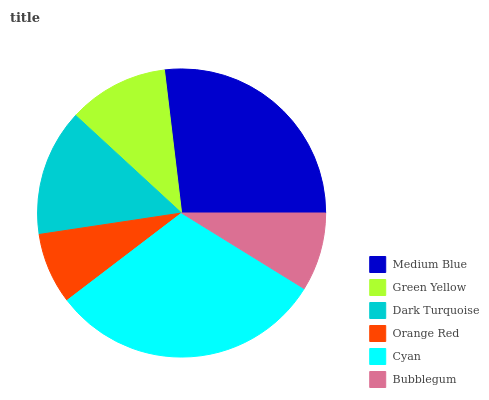
| Medium Blue | Green Yellow | Dark Turquoise | Orange Red | Cyan | Bubblegum |
 | --- | --- | --- | --- | --- | --- |
 | 26.9% | 11.2% | 14.2% | 7.99% | 30.9% | 8.8% |